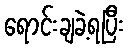
ရောင်းချခဲ့ရပြီး